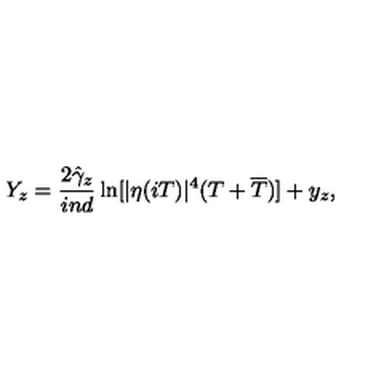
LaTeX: Y _ { z } = \frac { 2 \hat { \gamma } _ { z } } { i n d } \ln [ | \eta ( i T ) | ^ { 4 } ( T + \overline { { T } } ) ] + y _ { z } ,